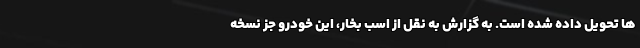
ها تحویل داده شده است. به گزارش به نقل از اسب بخار، این خودرو جز نسخه